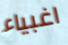
اغبياء